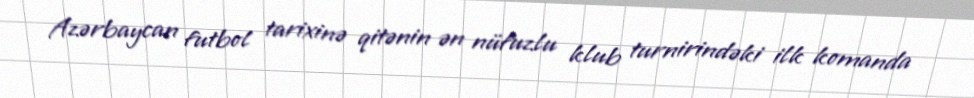
Azərbaycan futbol tarixinə qitənin ən nüfuzlu klub turnirindəki ilk komanda